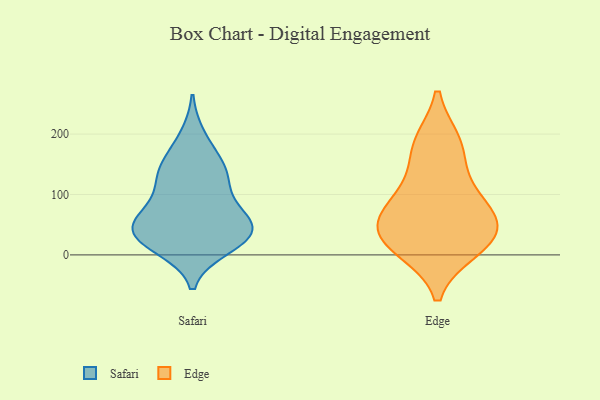
{"axis": {"x": "Energy Usage (MWh)", "y": "Value"}, "legend": ["Edge", "Safari"], "data": [{"x": "", "y": 56, "type": "Safari"}, {"x": "", "y": 131, "type": "Safari"}, {"x": "", "y": 155, "type": "Safari"}, {"x": "", "y": 19, "type": "Safari"}, {"x": "", "y": 31, "type": "Safari"}, {"x": "", "y": 141, "type": "Safari"}, {"x": "", "y": 36, "type": "Safari"}, {"x": "", "y": 13, "type": "Safari"}, {"x": "", "y": 66, "type": "Safari"}, {"x": "", "y": 125, "type": "Safari"}, {"x": "", "y": 58, "type": "Safari"}, {"x": "", "y": 37, "type": "Safari"}, {"x": "", "y": 95, "type": "Safari"}, {"x": "", "y": 40, "type": "Safari"}, {"x": "", "y": 195, "type": "Safari"}, {"x": "", "y": 185, "type": "Edge"}, {"x": "", "y": 36, "type": "Edge"}, {"x": "", "y": 10, "type": "Edge"}, {"x": "", "y": 64, "type": "Edge"}, {"x": "", "y": 29, "type": "Edge"}, {"x": "", "y": 83, "type": "Edge"}, {"x": "", "y": 18, "type": "Edge"}, {"x": "", "y": 122, "type": "Edge"}, {"x": "", "y": 181, "type": "Edge"}, {"x": "", "y": 68, "type": "Edge"}]}